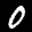
Label: 0